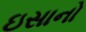
ઇસાનો